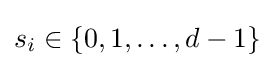
s_{i}\in \{0,1,\ldots ,d-1\}